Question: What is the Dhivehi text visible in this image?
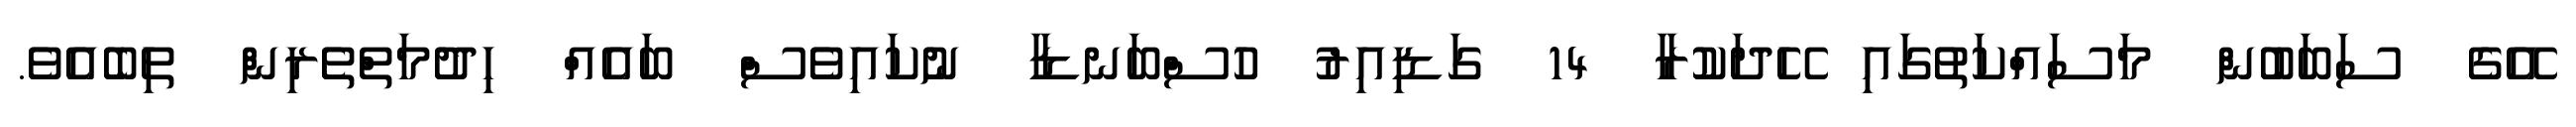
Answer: އޭގެ ސަބަބުން މަސައްކަތުގައި ހޭދަކުރާ 14 ގަޑިއިރު ހުސްބަނޑާ ނުކައިވެސް ބައެއް ހިދުމަތްތެރިން ތިބެއެވެ.